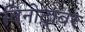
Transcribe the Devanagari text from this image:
विनोदांवर